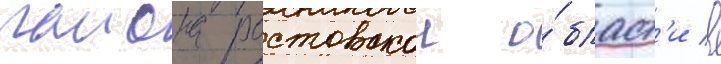
раиона ростовскои о́бласт'и в